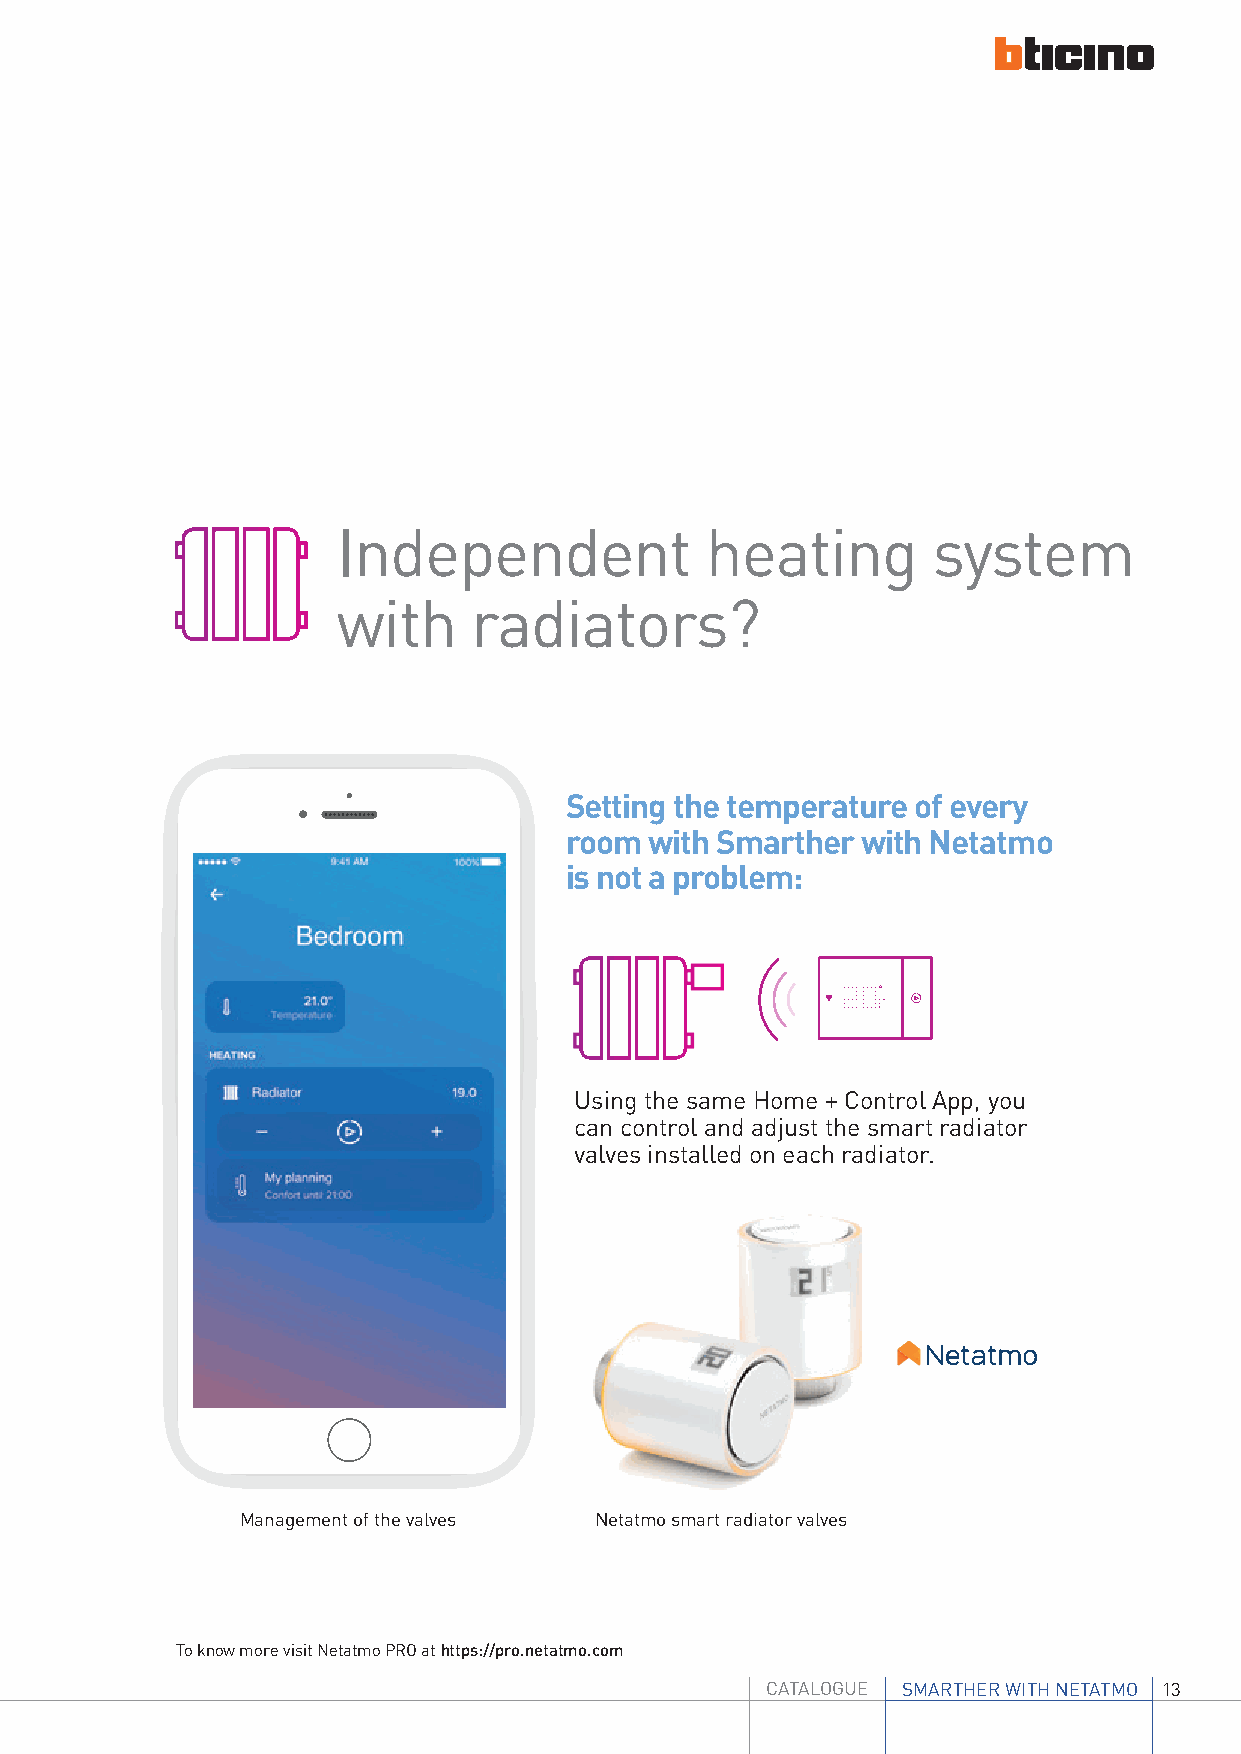
Independent              heating        system
 with     radiators?
 Setting the temperature of every
 room  with Smarther with Netatmo
 is not a problem:
 Using the same Home + Control App, you
 can control and adjust the smart radiator
 valves installed on each radiator.
 Management of the valves Netatmo smart radiator valves
 To know more visit Netatmo PRO at https://pro.netatmo.com
 CATALOGUE SMARTHER WITH NETATMO 13